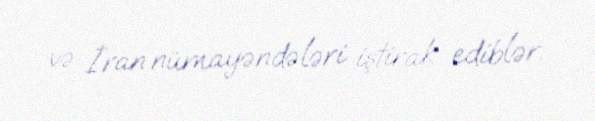
və İran nümayəndələri iştirak ediblər.